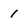
Character: 1